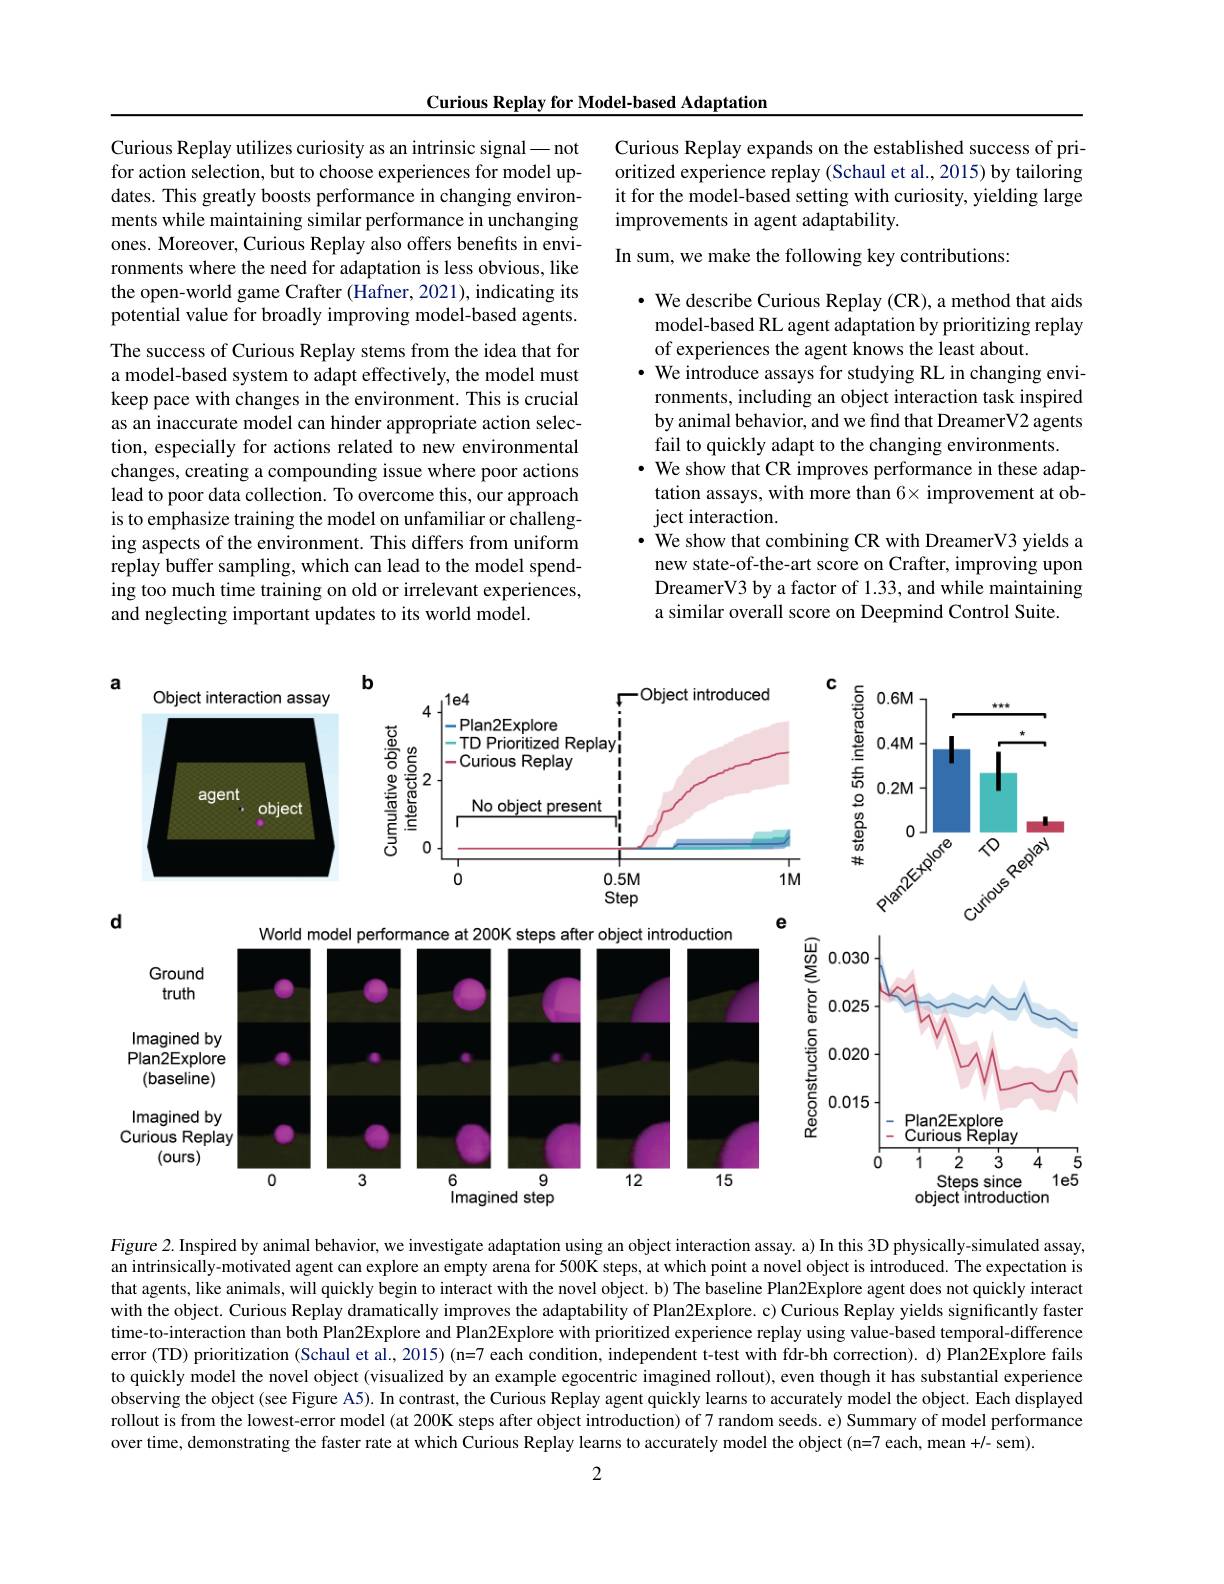
Curious Replay for Model-based Adaptation

Curious Replay expands on the established success of prioritized experience replay (Schaul et al., 2015) by tailoring it for the model-based setting with curiosity, yielding large improvements in agent adaptability.
In sum, we make the following key contributions:

Curious Replay utilizes curiosity as an intrinsic signal - not for action selection, but to choose experiences for model updates. This greatly boosts performance in changing environments while maintaining similar performance in unchanging ones. Moreover, Curious Replay also offers benefits in environments where the need for adaptation is less obvious, like the open-world game Crafter (Hafner, 2021), indicating its potential value for broadly improving model-based agents.

The success of Curious Replay stems from the idea that for a model-based system to adapt effectively, the model must keep pace with changes in the environment. This is crucial as an inaccurate model can hinder appropriate action selection, especially for actions related to new environmental changes, creating a compounding issue where poor actions lead to poor data collection. To overcome this, our approach is to emphasize training the model on unfamiliar or challenging aspects of the environment. This differs from uniform replay buffer sampling, which can lead to the model spending too much time training on old or irrelevant experiences, and neglecting important updates to its world model.

· We describe Curious Replay (CR), a method that aids model-based RL agent adaptation by prioritizing replay of experiences the agent knows the least about.
$\bullet$ We introduce assays for studying RL in changing environments, including an object interaction task inspired by animal behavior, and we find that DreamerV2 agents fail to quickly adapt to the changing environments.
· We show that CR improves performance in these adaptation assays, with more than $6\times$ improvement at object interaction.
· We show that combining CR with DreamerV3 yields a new state-of-the-art score on Crafter, improving upon DreamerV3 by a factor of 1.33, and while maintaining a similar overall score on Deepmind Control Suite.

<FigureHere>

Figure 2. Inspired by animal behavior, we investigate adaptation using an object interaction assay. a) In this 3D physically-simulated assay, an intrinsically-motivated agent can explore an empty arena for 500K steps, at which point a novel object is introduced. The expectation is that agents, like animals, will quickly begin to interact with the novel object. b) The baseline Plan2Explore agent does not quickly interact with the object. Curious Replay dramatically improves the adaptability of Plan2Explore. c) Curious Replay yields significantly faster time-to-interaction than both Plan2Explore and Plan2Explore with prioritized experience replay using value-based temporal-difference error (TD) prioritization (Schaul et al., 2015) (n=7 each condition, independent t-test with fdr-bh correction). d) Plan2Explore fails to quickly model the novel object (visualized by an example egocentric imagined rollout), even though it has substantial experience observing the object (see Figure A5). In contrast, the Curious Replay agent quickly learns to accurately model the object. Each displayed rollout is from the lowest-error model (at 200K steps after object introduction) of 7 random seeds. e) Summary of model performance over time, demonstrating the faster rate at which Curious Replay learns to accurately model the object (n=7 each, mean +/- sem).

2